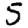
Digit: 5